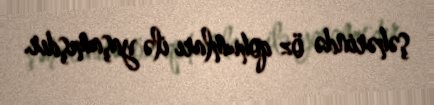
şəhərində öz qohumları ilə yaşamışdır.